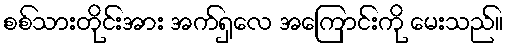
စစ်သားတိုင်းအား အက်ရှလေ အကြောင်းကို မေးသည်။